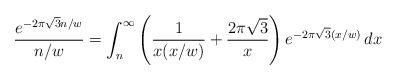
LaTeX: \begin{align*} \frac{e^{-2 \pi \sqrt{3} n/w}}{n/w} = \int_{n}^{\infty} \left(\frac{1}{x(x/w)} + \frac{2 \pi \sqrt{3}}{x}\right) e^{-2 \pi \sqrt{3} (x/w)} \, dx\end{align*}